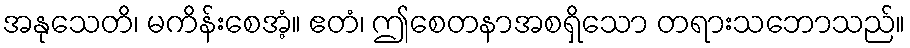
အနုသေတိ၊ မကိန်းစေအံ့။ ဧတံ၊ ဤစေတနာအစရှိသော တရားသဘောသည်။